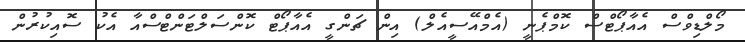
މޯލްޑިވްސް އެއާޕޯޓްސް ކޮމްޕެނީ (އެމްއޭސީއެލް) އިން ޗަންގީ އެއާޕޯޓް ކޮންސަލްޓަންޓްސްއާ އެކު ސޮއިކުރުން